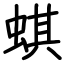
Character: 蜞